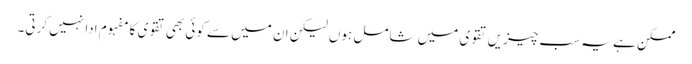
ممکن ہے یہ سب چیزیں تقوی میں شامل ہوں لیکن ان میں سے کوئی بھی تقوی کا مفہوم ادا نہیں کرتی۔